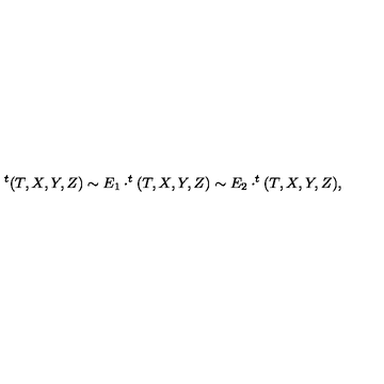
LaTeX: ^ { t } ( T , X , Y , Z ) \sim E _ { 1 } \cdot ^ { t } ( T , X , Y , Z ) \sim E _ { 2 } \cdot ^ { t } ( T , X , Y , Z ) ,